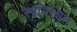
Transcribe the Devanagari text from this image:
स्वनिश्चित